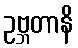
ဥဗ္ဘတာနိ